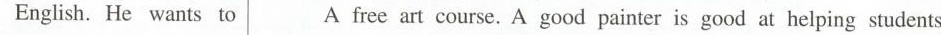
English. He wants to A free art course. A good painter is good at helping students